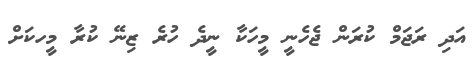
އަދި ރަޖަމް ކުރަން ޖެހެނީ މީހަކާ ނީދެ ހުރެ ޒިނޭ ކުރާ މީހކަށް